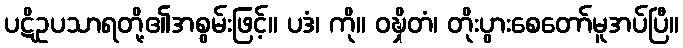
ပဋိဥပသာရတို့၏အစွမ်းဖြင့်။ ပဒံ၊ ကို။ ဝဍ္ဎှိတံ၊ တိုးပွားစေတော်မူအပ်ပြီ။